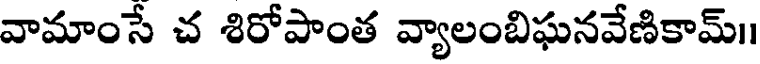
వామాంసే చ శిరోపాంత వ్యాలంబిఘనవేణికామ్।।